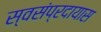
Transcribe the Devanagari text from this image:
स्वसंप्रदायास